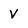
Character: V